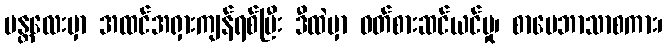
မန္တလေးမှာ အထင်အရှားကျန်ရစ်ပြီး ဒီထဲမှာ ဝတ်စားဆင်ယင်မှု၊ စာပေဘာသာစကား၊